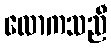
လောကသညီ